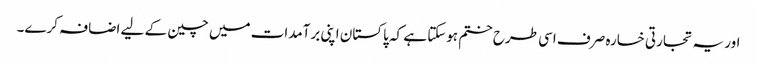
اور یہ تجارتی خسارہ صرف اسی طرح ختم ہوسکتا ہے کہ پاکستان اپنی برآمدات میں چین کے لیے اضافہ کرے۔